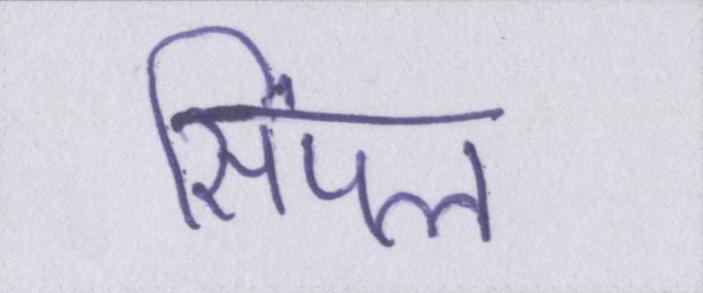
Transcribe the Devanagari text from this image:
सिंपल